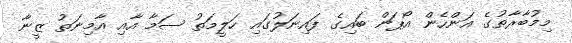
މިމުބާރާތުގެ އަންހެން އޯޕަން ބައިގެ ފައިނަލުގައި ހަލީމަތު ސަމާ އާއި އާމިނަތު ޒީނާ